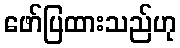
ဖော်ပြထားသည်ဟု